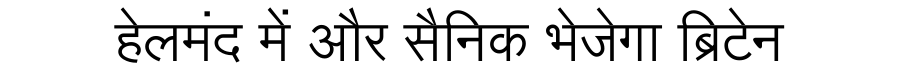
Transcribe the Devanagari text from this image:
हेलमंद में और सैनिक भेजेगा ब्रिटेन